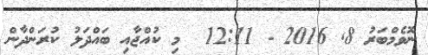
ނޮވެމްބަރު 8